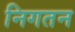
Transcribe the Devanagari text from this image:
निगतन